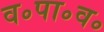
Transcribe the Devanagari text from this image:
व॰पा॰व॰